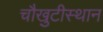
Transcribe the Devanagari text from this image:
चौखुटीस्थान